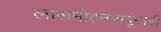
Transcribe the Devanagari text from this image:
लालमोहनबाबूंनाही